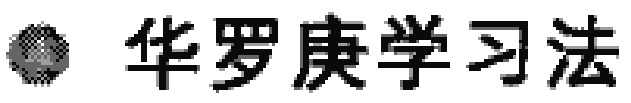
华罗庚学习法